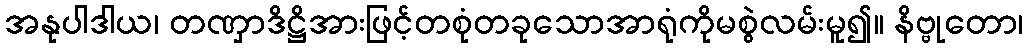
အနုပါဒါယ၊ တဏှာဒိဋ္ဌိအားဖြင့်တစုံတခုသောအာရုံကိုမစွဲလမ်းမူ၍။ နိဗ္ဗုတော၊